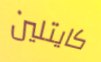
كايتلين